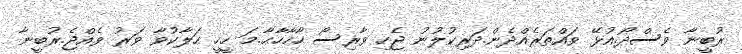
ރުބީނާ ވެސްދޯ.އުޅޭ ވައްތަރެއްދެން.ދަރިކުލުނު ޖެހި ވާރިސޯ ހާހާހާޙާ.މަ ހީހީ ހަލާކުވާ ވަރު ވެއްޖެ.ރުބީނާ